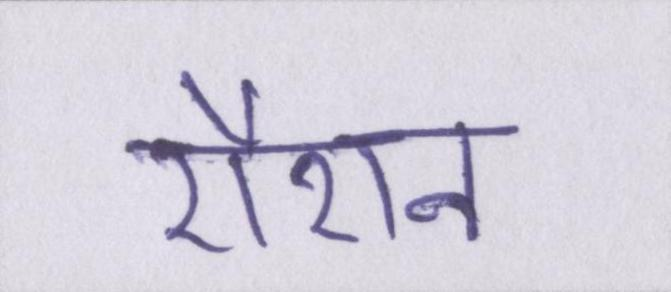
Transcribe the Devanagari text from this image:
रौशन